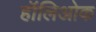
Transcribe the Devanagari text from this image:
हॉलिओक